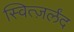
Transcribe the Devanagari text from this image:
स्वित्ज़र्लंद